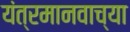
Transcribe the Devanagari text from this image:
यंत्रमानवाच्या